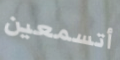
أتسمعين